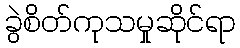
ခွဲစိတ်ကုသမှုဆိုင်ရာ